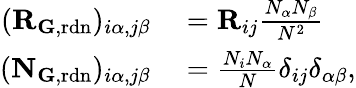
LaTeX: \begin{array}{rl}{(\mathbf{R}_{{\mathbf G},\mathrm{rdn}})_{i\alpha,j\beta}}&{{}=\mathbf{R}_{ij}\frac{N_{\alpha}N_{\beta}}{N^{2}}}\\ {(\mathbf{N}_{\mathbf{G},\mathrm{rdn}})_{i\alpha,j\beta}}&{{}=\frac{N_{i}N_{\alpha}}{N}\delta_{ij}\delta_{\alpha\beta},}\end{array}